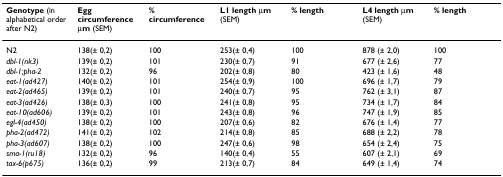
<table><thead><tr><td><b>Genotype (in alphabetical order after N2)</b></td><td><b>Egg circumference μm (SEM)</b></td><td><b>% circumference</b></td><td><b>L1 length μm (SEM)</b></td><td><b>% length</b></td><td><b>L4 length μm (SEM)</b></td><td><b>% length</b></td></tr></thead><tbody><tr><td>N2</td><td>138(± 0,2)</td><td>100</td><td>253(± 0,4)</td><td>100</td><td>878 (± 2,0)</td><td>100</td></tr><tr><td><i>dbl-1(nk3)</i></td><td>139(± 0,2)</td><td>101</td><td>230(± 0,7)</td><td>91</td><td>677 (± 2,6)</td><td>77</td></tr><tr><td><i>dbl-1;pha-2</i></td><td>132(± 0,2)</td><td>96</td><td>202(± 0,8)</td><td>80</td><td>423 (± 1,6)</td><td>48</td></tr><tr><td><i>eat-1(ad427)</i></td><td>140(± 0,2)</td><td>101</td><td>254(± 0,9)</td><td>100</td><td>696 (± 1,7)</td><td>79</td></tr><tr><td><i>eat-2(ad465)</i></td><td>139(± 0,2)</td><td>101</td><td>240(± 0,7)</td><td>95</td><td>762 (± 3,1)</td><td>87</td></tr><tr><td><i>eat-3(ad426)</i></td><td>138(± 0,3)</td><td>100</td><td>241(± 0,8)</td><td>95</td><td>734 (± 1,7)</td><td>84</td></tr><tr><td><i>eat-10(ad606)</i></td><td>139(± 0,2)</td><td>101</td><td>243(± 0,8)</td><td>96</td><td>747 (± 1,9)</td><td>85</td></tr><tr><td><i>egl-4(ad450)</i></td><td>138(± 0,2)</td><td>100</td><td>207(± 0,6)</td><td>82</td><td>676 (± 1,4)</td><td>77</td></tr><tr><td><i>pha-2(ad472)</i></td><td>141(± 0,2)</td><td>102</td><td>214(± 0,8)</td><td>85</td><td>688 (± 2,2)</td><td>78</td></tr><tr><td><i>pha-3(ad607)</i></td><td>138(± 0,2)</td><td>100</td><td>247(± 0,6)</td><td>98</td><td>654 (± 2,4)</td><td>75</td></tr><tr><td><i>sma-1(ru18)</i></td><td>132(± 0,2)</td><td>96</td><td>140(± 0,4)</td><td>55</td><td>607 (± 2,1)</td><td>69</td></tr><tr><td><i>tax-6(p675)</i></td><td>136(± 0,2)</td><td>99</td><td>213(± 0,7)</td><td>84</td><td>649 (± 1,4)</td><td>74</td></tr></tbody></table>